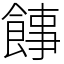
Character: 䭄